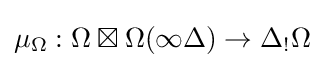
\mu _{\Omega }:\Omega \boxtimes \Omega (\infty \Delta )\rightarrow \Delta _{!}\Omega